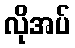
လိုအပ်